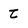
Character: t